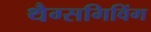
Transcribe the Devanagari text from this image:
थैग्सगिविंग